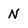
Character: N